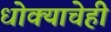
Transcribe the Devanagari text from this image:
धोक्याचेही